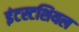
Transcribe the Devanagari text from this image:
इंटस्टशियल